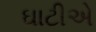
ઘાટીએ